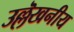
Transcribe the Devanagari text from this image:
उल्लॆखनीय